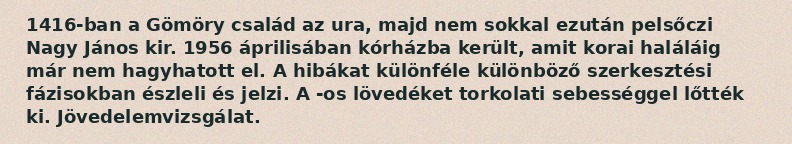
1416-ban a Gömöry család az ura, majd nem sokkal ezután pelsőczi Nagy János kir. 1956 áprilisában kórházba került, amit korai haláláig már nem hagyhatott el. A hibákat különféle különböző szerkesztési fázisokban észleli és jelzi. A -os lövedéket torkolati sebességgel lőtték ki. Jövedelemvizsgálat.